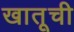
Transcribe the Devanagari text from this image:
खातूची